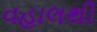
વહાલથી